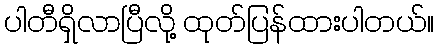
ပါတီရှိလာပြီလို့ ထုတ်ပြန်ထားပါတယ်။